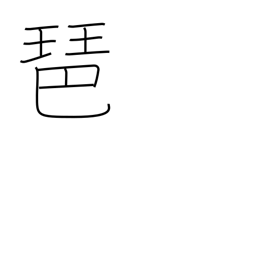
Meaning: lute